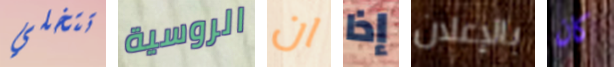
تتخلي الروسية ان إذا بالإعلان كان